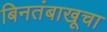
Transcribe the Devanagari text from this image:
बिनतंबाखूचा